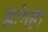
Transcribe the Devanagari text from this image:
ह्वांगहा